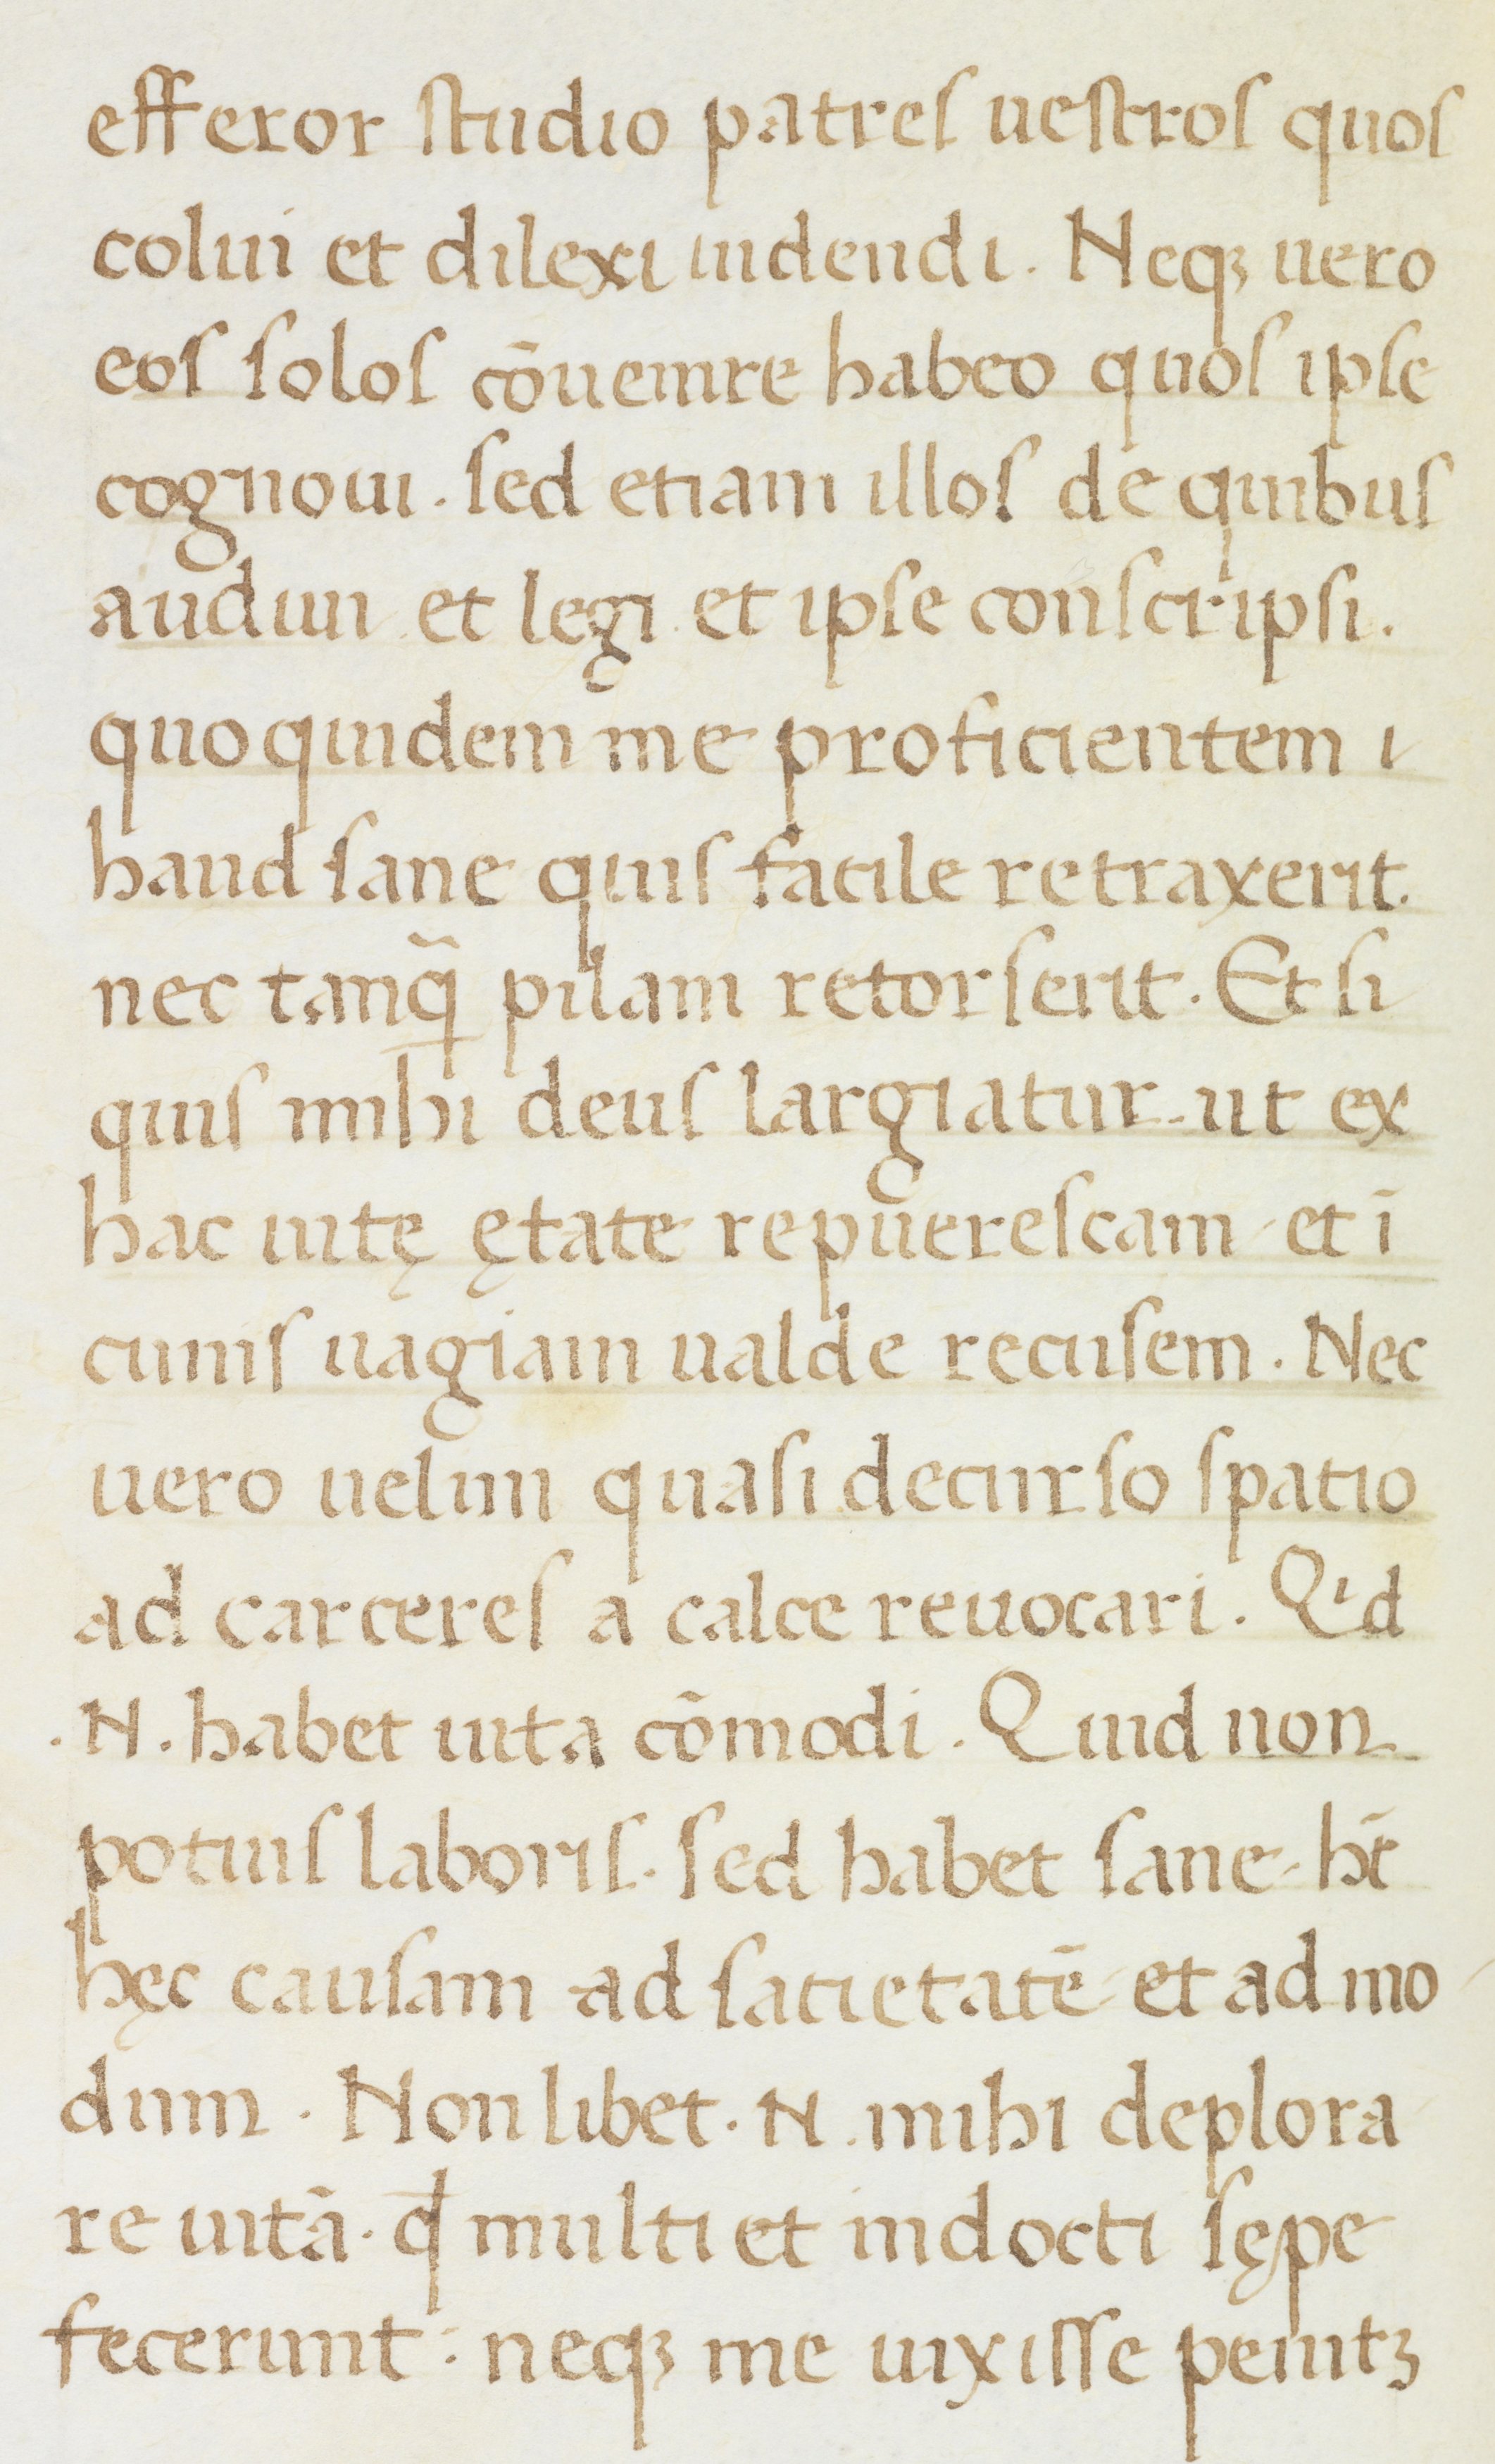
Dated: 1400–1499